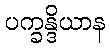
ပက္ခန္ဒိယာန